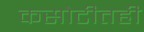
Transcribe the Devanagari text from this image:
कसोटीतही